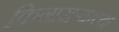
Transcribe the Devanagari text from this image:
किनाराऱ्याच्या